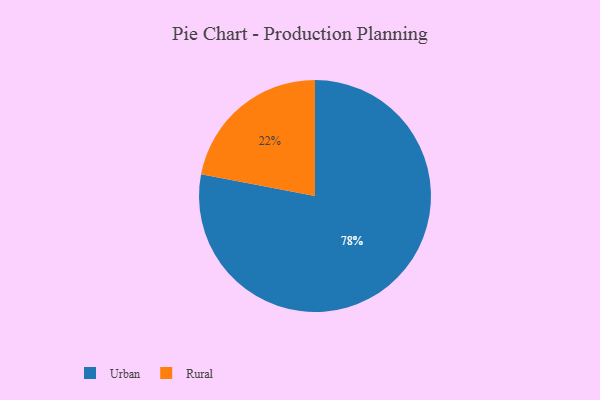
{"axis": {"x": "Category", "y": "Percentage"}, "legend": ["Rural", "Urban"], "data": [{"x": "Rural", "y": 22, "type": "Rural"}, {"x": "Urban", "y": 78, "type": "Urban"}]}